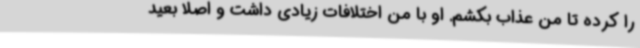
را کرده تا من عذاب بکشم. او با من اختلافات زیادی داشت و اصلا بعید